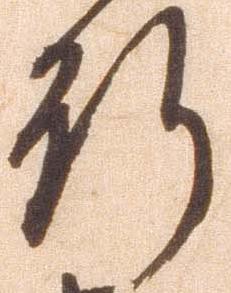
行